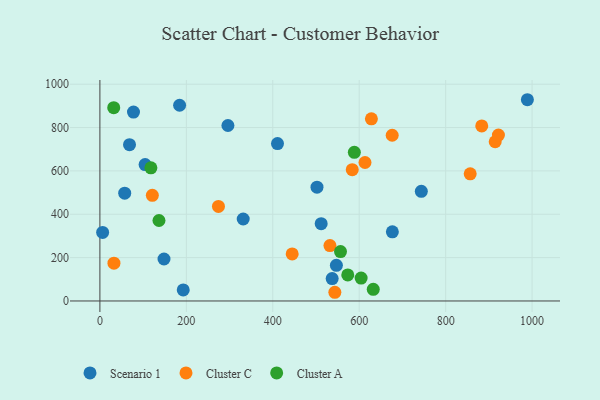
{"axis": {"x": "Investment", "y": "Exam Score"}, "legend": ["Cluster A", "Cluster C", "Scenario 1"], "data": [{"x": "331.6", "y": 378.1, "type": "Scenario 1"}, {"x": "104.6", "y": 629.3, "type": "Scenario 1"}, {"x": "148.3", "y": 193.5, "type": "Scenario 1"}, {"x": "184.4", "y": 902.9, "type": "Scenario 1"}, {"x": "512.0", "y": 356.7, "type": "Scenario 1"}, {"x": "192.8", "y": 51.1, "type": "Scenario 1"}, {"x": "57.4", "y": 497.5, "type": "Scenario 1"}, {"x": "547.2", "y": 164.4, "type": "Scenario 1"}, {"x": "77.7", "y": 871.6, "type": "Scenario 1"}, {"x": "743.7", "y": 505.9, "type": "Scenario 1"}, {"x": "68.5", "y": 720.8, "type": "Scenario 1"}, {"x": "676.7", "y": 318.9, "type": "Scenario 1"}, {"x": "410.9", "y": 725.9, "type": "Scenario 1"}, {"x": "989.1", "y": 928.4, "type": "Scenario 1"}, {"x": "296.2", "y": 809.4, "type": "Scenario 1"}, {"x": "537.4", "y": 103.4, "type": "Scenario 1"}, {"x": "6.3", "y": 316.4, "type": "Scenario 1"}, {"x": "502.3", "y": 524.9, "type": "Scenario 1"}, {"x": "121.3", "y": 487.2, "type": "Cluster C"}, {"x": "914.6", "y": 734.5, "type": "Cluster C"}, {"x": "922.1", "y": 765.3, "type": "Cluster C"}, {"x": "32.5", "y": 174.2, "type": "Cluster C"}, {"x": "856.8", "y": 586.5, "type": "Cluster C"}, {"x": "444.9", "y": 217.1, "type": "Cluster C"}, {"x": "676.3", "y": 764.5, "type": "Cluster C"}, {"x": "628.2", "y": 840.1, "type": "Cluster C"}, {"x": "543.6", "y": 40.1, "type": "Cluster C"}, {"x": "883.5", "y": 807.6, "type": "Cluster C"}, {"x": "274.3", "y": 436.0, "type": "Cluster C"}, {"x": "583.9", "y": 605.7, "type": "Cluster C"}, {"x": "613.4", "y": 638.8, "type": "Cluster C"}, {"x": "532.3", "y": 255.7, "type": "Cluster C"}, {"x": "573.5", "y": 120.2, "type": "Cluster A"}, {"x": "604.4", "y": 105.6, "type": "Cluster A"}, {"x": "556.7", "y": 227.9, "type": "Cluster A"}, {"x": "136.7", "y": 371.2, "type": "Cluster A"}, {"x": "632.5", "y": 53.8, "type": "Cluster A"}, {"x": "32.0", "y": 891.6, "type": "Cluster A"}, {"x": "588.7", "y": 685.9, "type": "Cluster A"}, {"x": "118.0", "y": 614.1, "type": "Cluster A"}]}